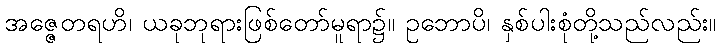
အဇ္ဇေတရဟိ၊ ယခုဘုရားဖြစ်တော်မူရာ၌။ ဥဘောပိ၊ နှစ်ပါးစုံတို့သည်လည်း။